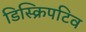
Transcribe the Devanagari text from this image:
डिस्क्रिपटिव